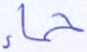
حمإ